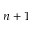
n + 1